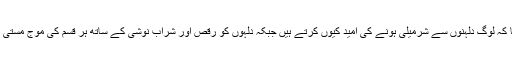
مجھے سمجھ نہیں آتا کہ لوگ دلہنوں سے شرمیلی ہونے کی امید کیوں کرتے ہیں جبکہ دلہوں کو رقص اور شراب نوشی کے ساتھ ہر قسم کی موج مستی کی اجازت ہوتی ہے۔